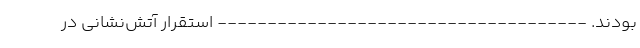
بودند. ------------------------------------- استقرار آتش‌نشانی در